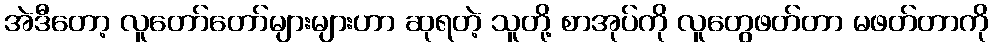
အဲဒီတော့ လူတော်တော်များများဟာ ဆုရတဲ့ သူတို့ စာအုပ်ကို လူတွေဖတ်တာ မဖတ်တာကို